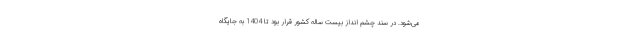
می‌شود. در سند چشم انداز بیست ساله کشور قرار بود تا 1404 به جایگاه